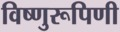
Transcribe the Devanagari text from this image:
विष्णुरूपिणी